kultuurilooline_kollektsioon, lk 117
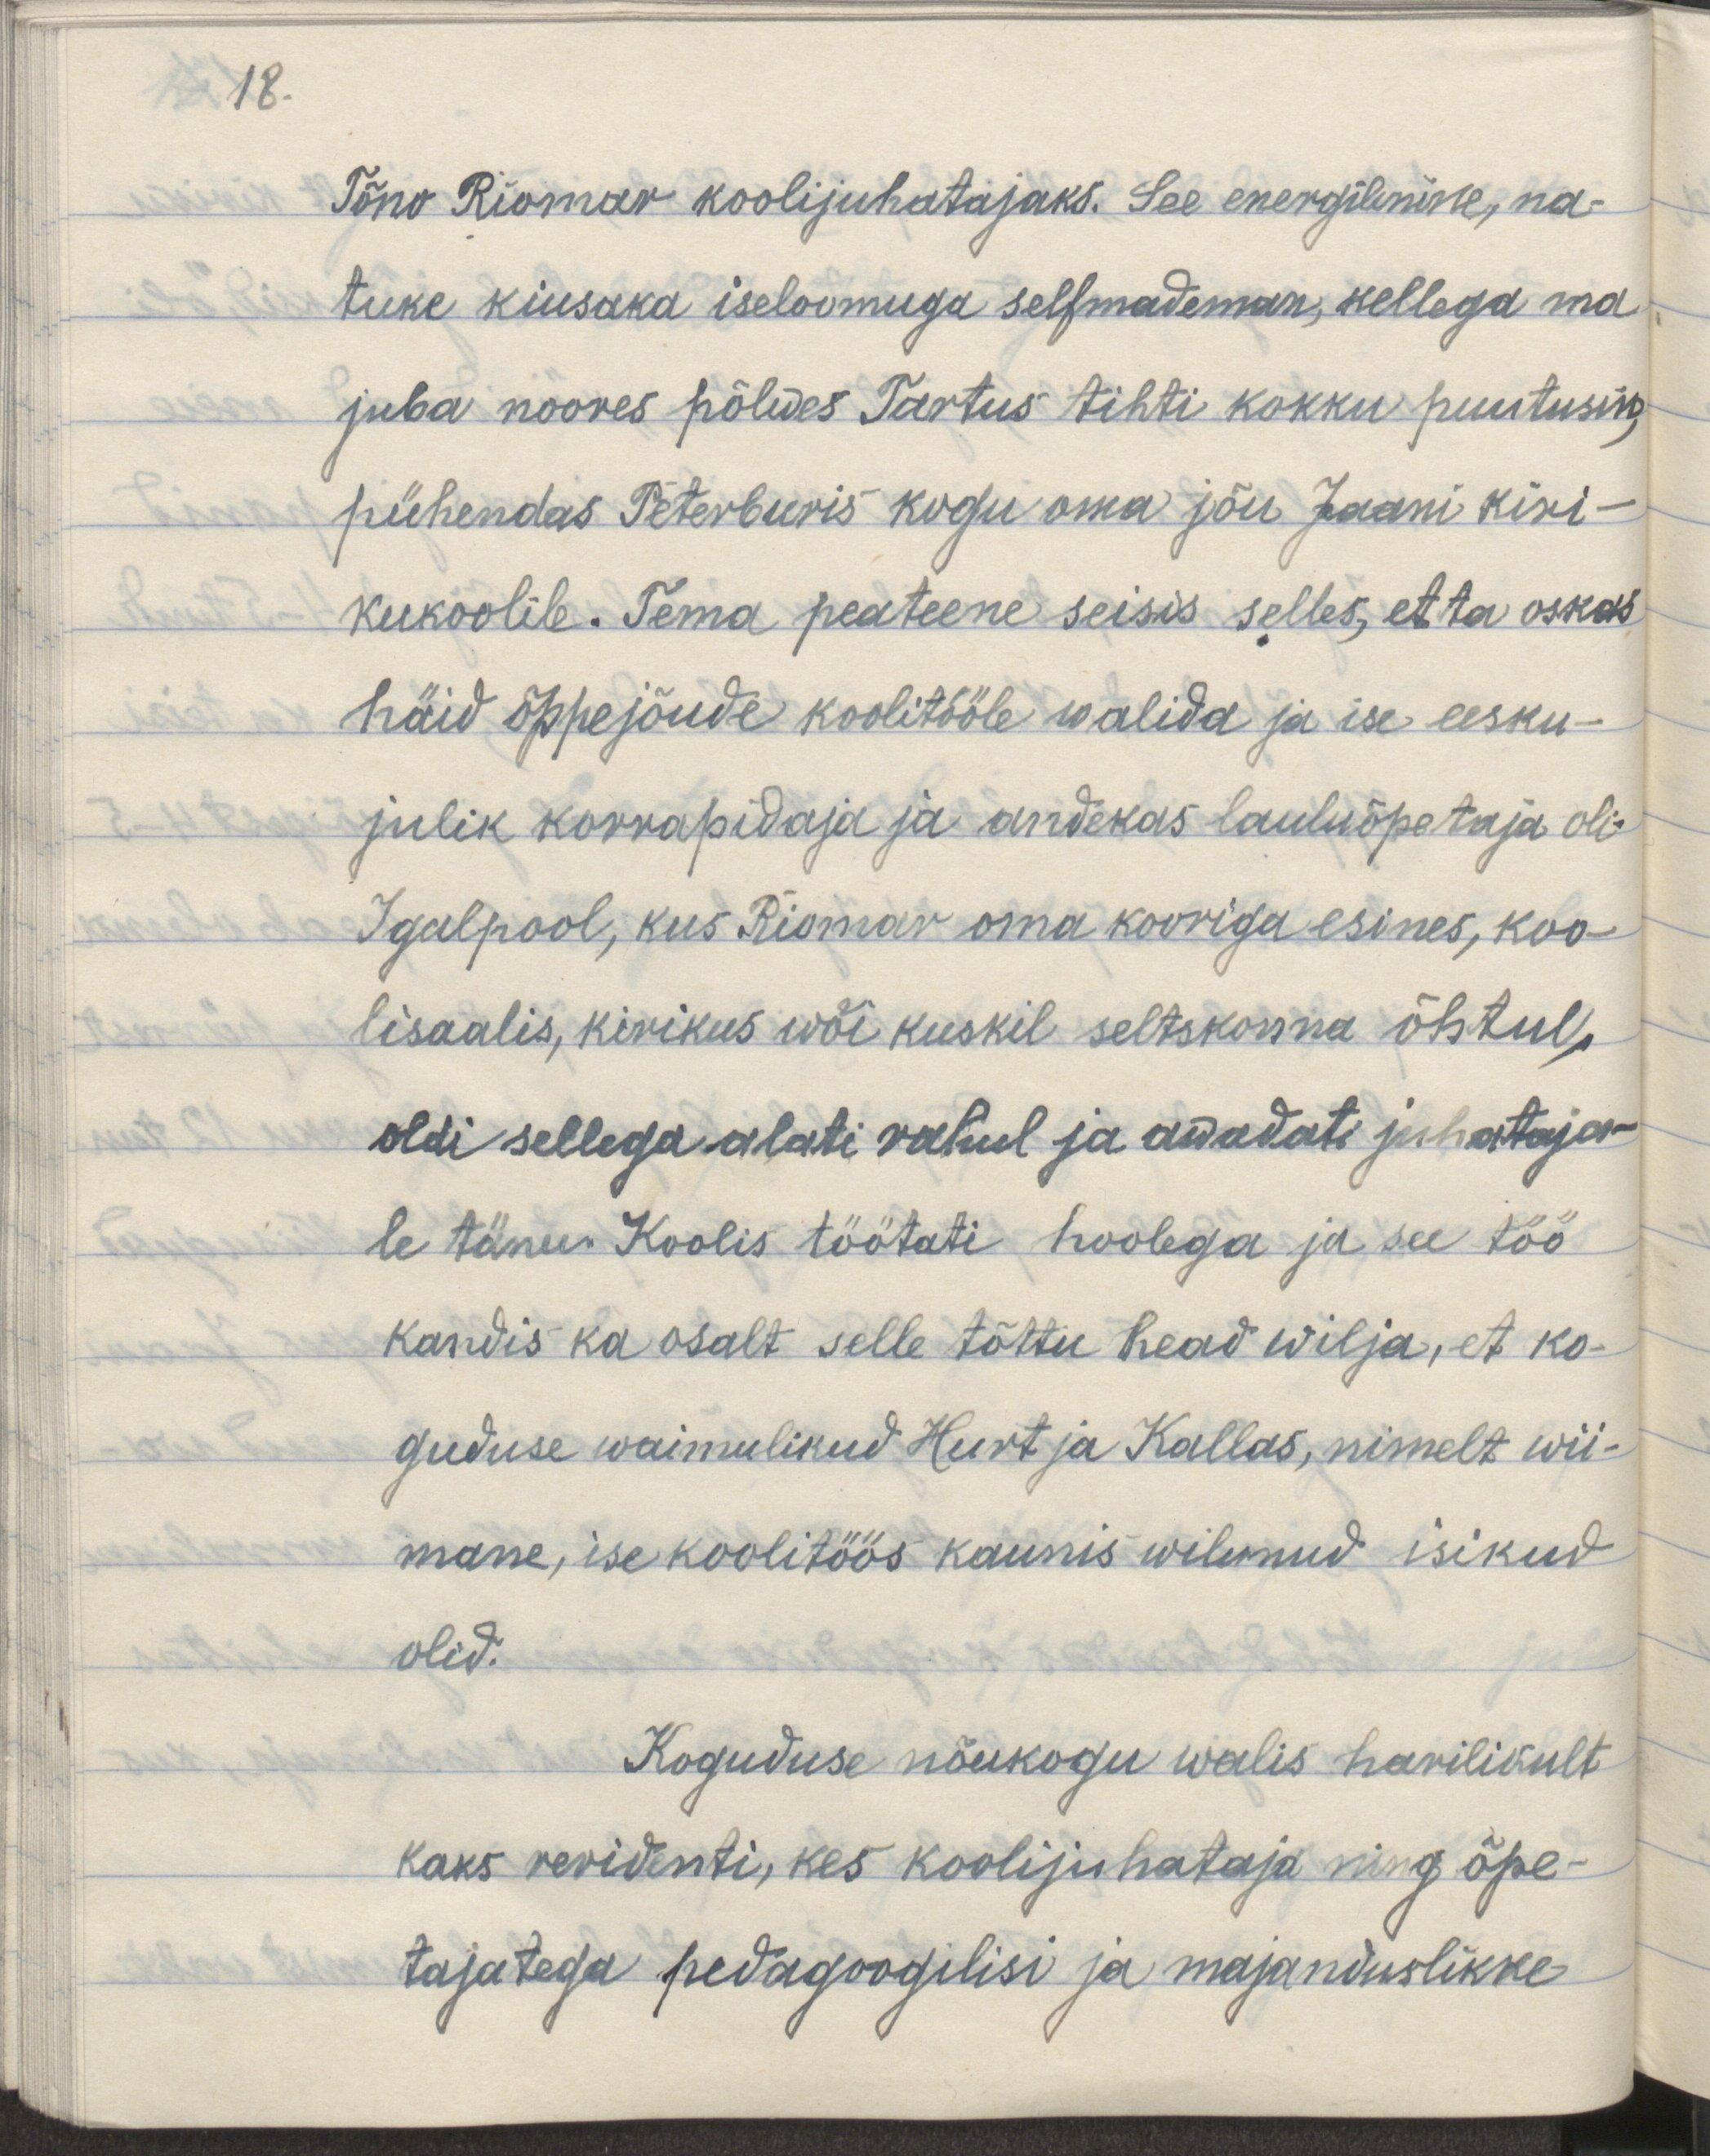
18.

Tõnu Riomar koolijuhatajaks. See energiline, na-
tuke kiusaka iseloomuga selfmademan, kellega ma
juba noores põlwes Tartus tihti kokku puutusin,
pühendas Peterburis kogu oma jõu Jaani kiri-
kukoolile. Tema peateema seisis selles, et ta oskas
häid õppejõude koolitööle walida ja ise eesku-
julik korrapidaja ja andekas lauluõpetaja oli.
Igalpool, kus Riomar oma kooriga esines, koo-
lisaalis, kirikus wõi kuskil seltskonna õhtul,
oldi sellega alati rahul ja awaldati juhataja-
le tänu. Koolis töötati hoolega ja see töö
kandis ka osalt selle tõttu head wilja, et ko-
guduse waimulikud Hurt ja Kallas, nimelt wii-
mane, ise koolitöös kaunis wilunud isikud
olid.
Koguduse nõukogu walis harilikult
kaks rewidenti, kes koolijuhataja ning õpe-
tajatega pedagoogilisi ja majanduslikke